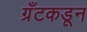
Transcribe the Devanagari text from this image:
ग्रँटकडून